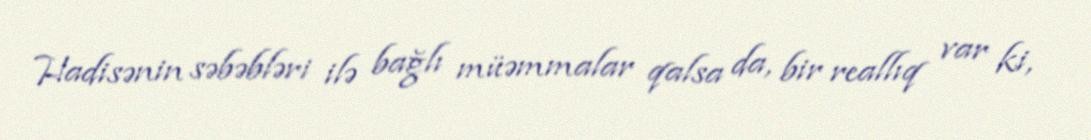
Hadisənin səbəbləri ilə bağlı müəmmalar qalsa da, bir reallıq var ki,